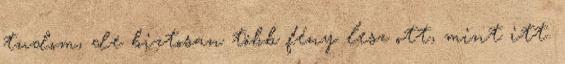
tudom, de biztosan több fény lesz ott, mint itt.